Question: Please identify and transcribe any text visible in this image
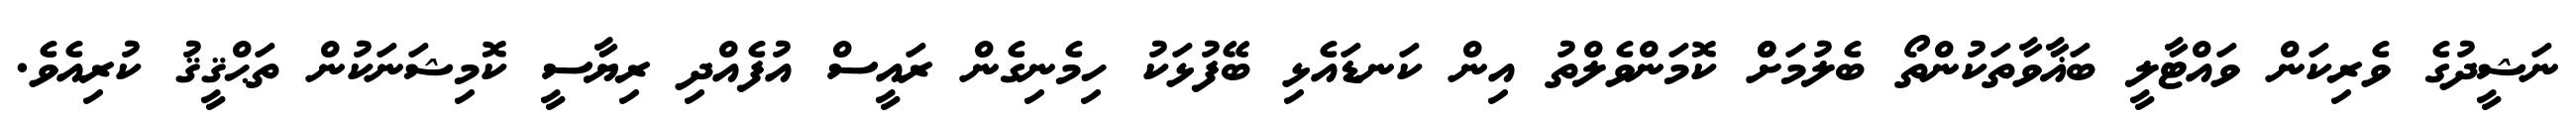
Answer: ނަޝީދުގެ ވެރިކަން ވައްޓާލީ ބަޣާވާތަކުންތޯ ބެލުމަށްް ކޮމަންވެލްތު އިން ކަނޑައެޅި ބޭފުޅަކު ހިމެނިގެން ރައީސް އުފެއްދި ރިޔާސީ ކޮމިޝަނަކުން ތަޙްޤީޤު ކުރިއެވެ.